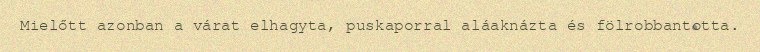
Mielőtt azonban a várat elhagyta, puskaporral aláaknázta és fölrobbantotta.